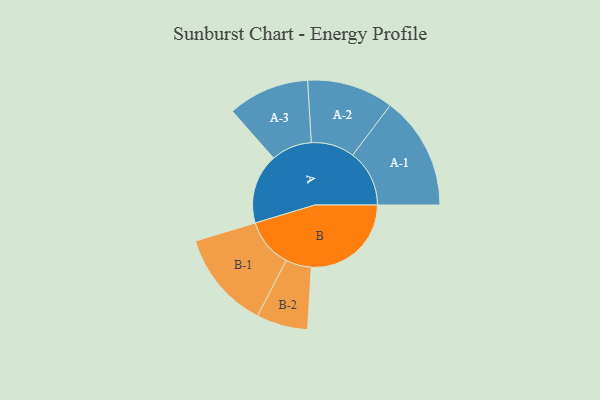
{"axis": {"x": "Segment", "y": "Value"}, "legend": ["", "A", "B"], "data": [{"x": "A", "y": 349, "type": ""}, {"x": "B", "y": 499, "type": ""}, {"x": "A-1", "y": 283, "type": "A"}, {"x": "A-2", "y": 216, "type": "A"}, {"x": "A-3", "y": 203, "type": "A"}, {"x": "B-1", "y": 245, "type": "B"}, {"x": "B-2", "y": 128, "type": "B"}]}